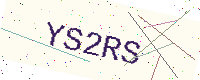
Text: YS2RS